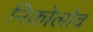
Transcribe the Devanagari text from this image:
निकोलोव